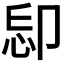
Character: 𠨝